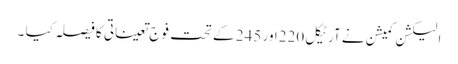
الیکشن کمیشن نے آرٹیکل 220اور 245 کے تحت فوج تعیناتی کا فیصلہ کیا ۔